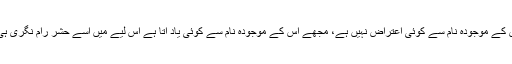
مجھے اس کے موجودہ نام سے کوئی اعتراض نہیں ہے، مجھے اس کے موجودہ نام سے کوئی یاد آتا ہے اس لیے میں اسے حشر رام نگری ہی کہوں گا۔